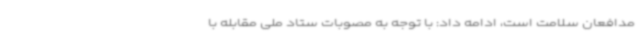
مدافعان سلامت است، ادامه داد: با توجه به مصوبات ستاد ملی مقابله با